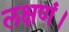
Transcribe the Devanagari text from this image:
लक्षणं।